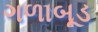
ગળાબૂડ